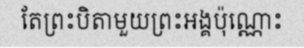
តែព្រះបិតាមួយព្រះអង្គប៉ុណ្ណោះ